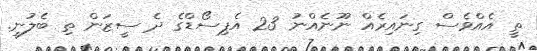
ތީ އެއްވެސް ގިނައިރެއް ނޫނެއްނު 23 އެޕިސޯޑްގެ ދެ ސީޒަން ތި ބެލުނީ.